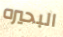
البحيره